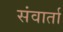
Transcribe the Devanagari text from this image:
संवार्ता